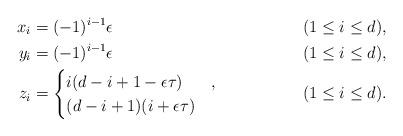
LaTeX: \begin{align*} x_i &= (-1)^{i-1} \epsilon && (1 \leq i \leq d), \\ y_i &= (-1)^{i-1} \epsilon && (1 \leq i \leq d), \\ z_i &= \begin{cases} i (d-i+1- \epsilon \tau) & , \\ (d-i+1)(i + \epsilon \tau) & \end{cases} && (1 \leq i \leq d).\end{align*}